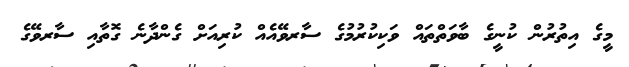
މީގެ އިތުރުން ކުނީގެ ބާވަތްތައް ވަކިކުރުމުގެ ސާރވޭއެއް ކުރިއަށް ގެންދާނެ ގޮތާއި ސާރވޭގެ